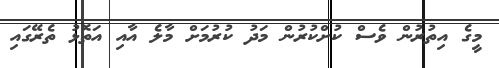
މީގެ އިތުރުން ވެސް ކުށްކުރުން މަދު ކުރުމަށް މާލެ އާއި އަތޮޅު ތެރޭގައި